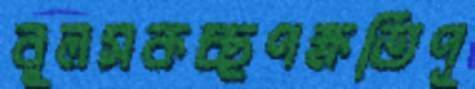
বুলসকচ্ছপক্ষতিপূ